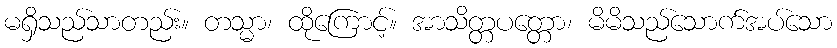
မရှိသည်သာတည်း။ တသ္မာ၊ ထိုကြောင့်။ အာသိတ္တပတ္တော၊ မိမိသည်သောက်အပ်သော